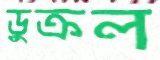
ডুক্‌রল